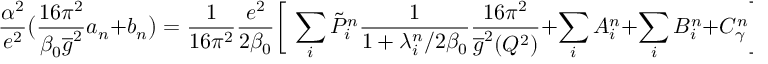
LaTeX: { \frac { \alpha ^ { 2 } } { e ^ { 2 } } } \big ( { \frac { 1 6 \pi ^ { 2 } } { \beta _ { 0 } \overline { { g } } ^ { 2 } } } a _ { n } + b _ { n } \big ) = { \frac { 1 } { 1 6 \pi ^ { 2 } } } { \frac { e ^ { 2 } } { 2 \beta _ { 0 } } } \bigg [ ~ \sum _ { i } \tilde { P } _ { i } ^ { n } { \frac { 1 } { 1 + \lambda _ { i } ^ { n } / 2 \beta _ { 0 } } } { \frac { 1 6 \pi ^ { 2 } } { \overline { { g } } ^ { 2 } ( Q ^ { 2 } ) } } + \sum _ { i } A _ { i } ^ { n } + \sum _ { i } B _ { i } ^ { n } + C _ { \gamma } ^ { n } \bigg ] .